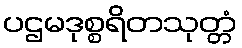
ပဌမဒုစ္စရိတသုတ္တံ